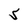
Character: S